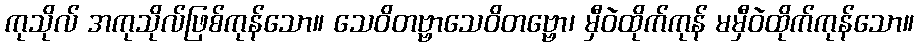
ကုသိုလ် အကုသိုလ်ဖြစ်ကုန်သော။ သေဝိတဗ္ဗာသေဝိတဗ္ဗော၊ မှီဝဲထိုက်ကုန် မမှီဝဲထိုက်ကုန်သော။